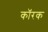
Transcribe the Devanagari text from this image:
कॉरक